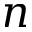
n